Vaccination in the Punjab 1897-1904 - 1897-1904
Year: 1897
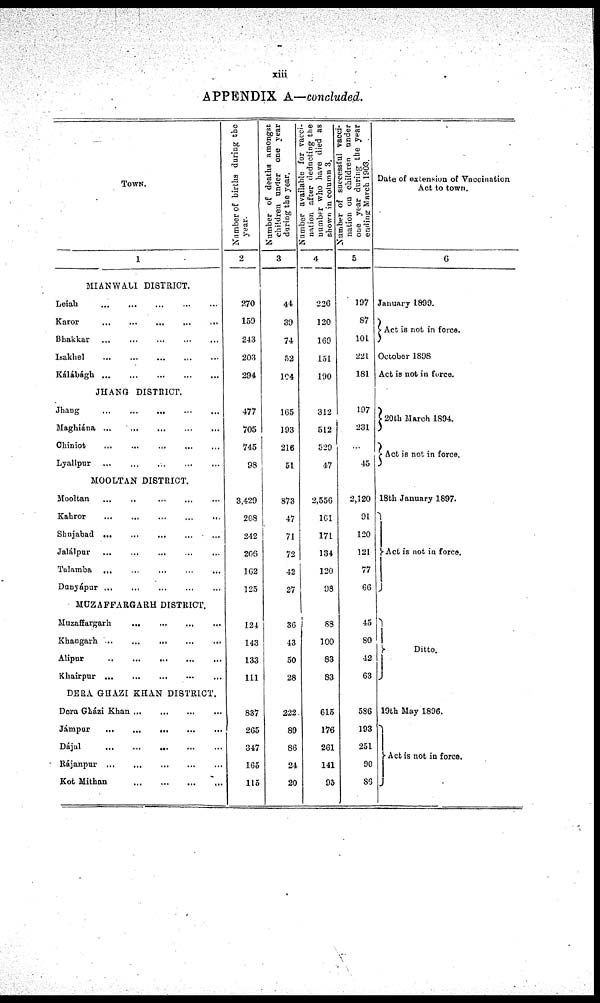
xiii
APPENDIX A—concluded.
TOWN.
1
MIANWALI DISTRICT.
Leiah ... ... ... ... ...
Karor
...
...
...
...
...
Bhakkar ... ... ... ... ...
Isakhel
...
...
...
...
...
Kálábágh ... ... ... ... ...
JHANG DISTRICT.
Jhang
...
...
...
...
...
Maghiána ... ... ... ... ...
Chiniot
...
...
...
...
...
Lyallpur
...
...
...
...
...
MOOLTAN DISTRICT.
Mooltan
...
...
...
...
...
Kahror
...
...
...
...
...
Shujabad
...
...
...
...
...
Jalálpur ... ... ... ... ...
Talamba ... ... ... ... ...
Dunyápur ... ... ... ... ...
MUZAFFARGARH DISTRICT.
Muzaffargarh
...
...
...
...
...
Khangarh
...
...
...
...
...
Alipur
...
...
...
...
...
Khairpur
...
...
...
...
...
DERA GHAZI KHAN DISTRICT.
Dera Gházi Khan ... ... ... ... ...
Jámpur
...
...
...
...
...
Dájal
...
...
...
...
...
Rájanpur
...
...
...
...
...
Kot Mithan
...
...
...
...
...
Number of births during the
year.
2
270
159
243
203
294
477
705
745
98
3,429
208
242
206
162
125
124
143
133
111
837
265
347
165
115
Number of deaths amongst
children under one year
during the year.
3
44
39
74
52
104
165
193
216
51
873
47
71
72
42
27
36
43
50
28
222
89
86
24
20
Number available for vacci-
nation after deducting the
number who have died as
shown in column 3.
4
226
120
169
151
190
312
512
529
47
2,556
161
171
134
120
98
88
100
83
83
615
176
261
141
95
Number of successful vacci-
nation on children under
one year during the year
ending March 1903.
5
197
87
101
221
181
197
231
...
45
2,120
91
120
121
77
66
45
80
42
63
586
193
251
90
86
Date of extension of Vaccination
Act to town.
6
January 1899.
Act is not in force.
October 1898
Act is not in force.
20th March 1894.
Act is not in force.
18th January 1897.
Act is not in force.
Ditto.
19th May 1896.
Act is not in force.